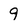
Character: 9